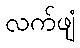
လက်ဖျံ